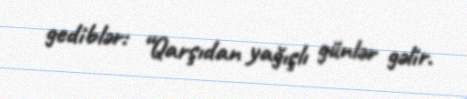
gediblər: “Qarşıdan yağışlı günlər gəlir.